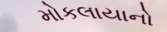
મોકલાયાનો